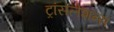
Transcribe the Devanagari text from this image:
ट्रांसलेशन्स